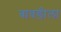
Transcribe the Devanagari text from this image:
बावडीला